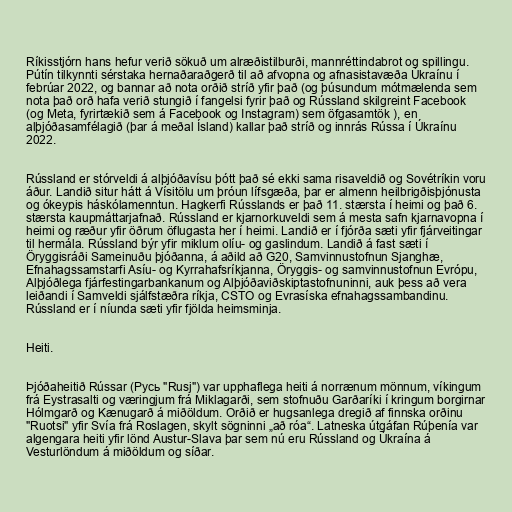
Ríkisstjórn hans hefur verið sökuð um alræðistilburði, mannréttindabrot og spillingu.
Pútín tilkynnti sérstaka hernaðaraðgerð til að afvopna og afnasistavæða Úkraínu í
febrúar 2022, og bannar að nota orðið stríð yfir það (og þúsundum mótmælenda sem
nota það orð hafa verið stungið í fangelsi fyrir það og Rússland skilgreint Facebook
(og Meta, fyrirtækið sem á Facebook og Instagram) sem öfgasamtök ), en
alþjóðasamfélagið (þar á meðal Ísland) kallar það stríð og innrás Rússa í Úkraínu
2022.

Rússland er stórveldi á alþjóðavísu þótt það sé ekki sama risaveldið og Sovétríkin voru
áður. Landið situr hátt á Vísitölu um þróun lífsgæða, þar er almenn heilbrigðisþjónusta
og ókeypis háskólamenntun. Hagkerfi Rússlands er það 11. stærsta í heimi og það 6.
stærsta kaupmáttarjafnað. Rússland er kjarnorkuveldi sem á mesta safn kjarnavopna í
heimi og ræður yfir öðrum öflugasta her í heimi. Landið er í fjórða sæti yfir fjárveitingar
til hermála. Rússland býr yfir miklum olíu- og gaslindum. Landið á fast sæti í
Öryggisráði Sameinuðu þjóðanna, á aðild að G20, Samvinnustofnun Sjanghæ,
Efnahagssamstarfi Asíu- og Kyrrahafsríkjanna, Öryggis- og samvinnustofnun Evrópu,
Alþjóðlega fjárfestingarbankanum og Alþjóðaviðskiptastofnuninni, auk þess að vera
leiðandi í Samveldi sjálfstæðra ríkja, CSTO og Evrasíska efnahagssambandinu.
Rússland er í níunda sæti yfir fjölda heimsminja.

Heiti.

Þjóðaheitið Rússar (Русь "Rusj") var upphaflega heiti á norrænum mönnum, víkingum
frá Eystrasalti og væringjum frá Miklagarði, sem stofnuðu Garðaríki í kringum borgirnar
Hólmgarð og Kænugarð á miðöldum. Orðið er hugsanlega dregið af finnska orðinu
"Ruotsi" yfir Svía frá Roslagen, skylt sögninni „að róa“. Latneska útgáfan Rúþenía var
algengara heiti yfir lönd Austur-Slava þar sem nú eru Rússland og Úkraína á
Vesturlöndum á miðöldum og síðar.